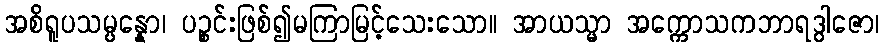
အစိရူပသမ္ပန္နော၊ ပဉ္စင်းဖြစ်၍မကြာမြင့်သေးသော။ အာယသ္မာ အက္ကောသကဘာရဒွါဇော၊